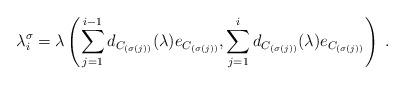
LaTeX: \begin{align*}\lambda_i^{\sigma} = \lambda \left( \sum_{j=1}^{i-1} d_{C_{(\sigma(j))}}(\lambda) e_{C_{(\sigma(j))}}, \sum_{j=1}^{i} d_{C_{(\sigma(j))}}(\lambda) e_{C_{(\sigma(j))}}\right) \; .\end{align*}